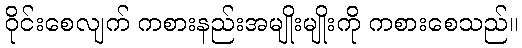
ဝိုင်းစေလျက် ကစားနည်းအမျိုးမျိုးကို ကစားစေသည်။